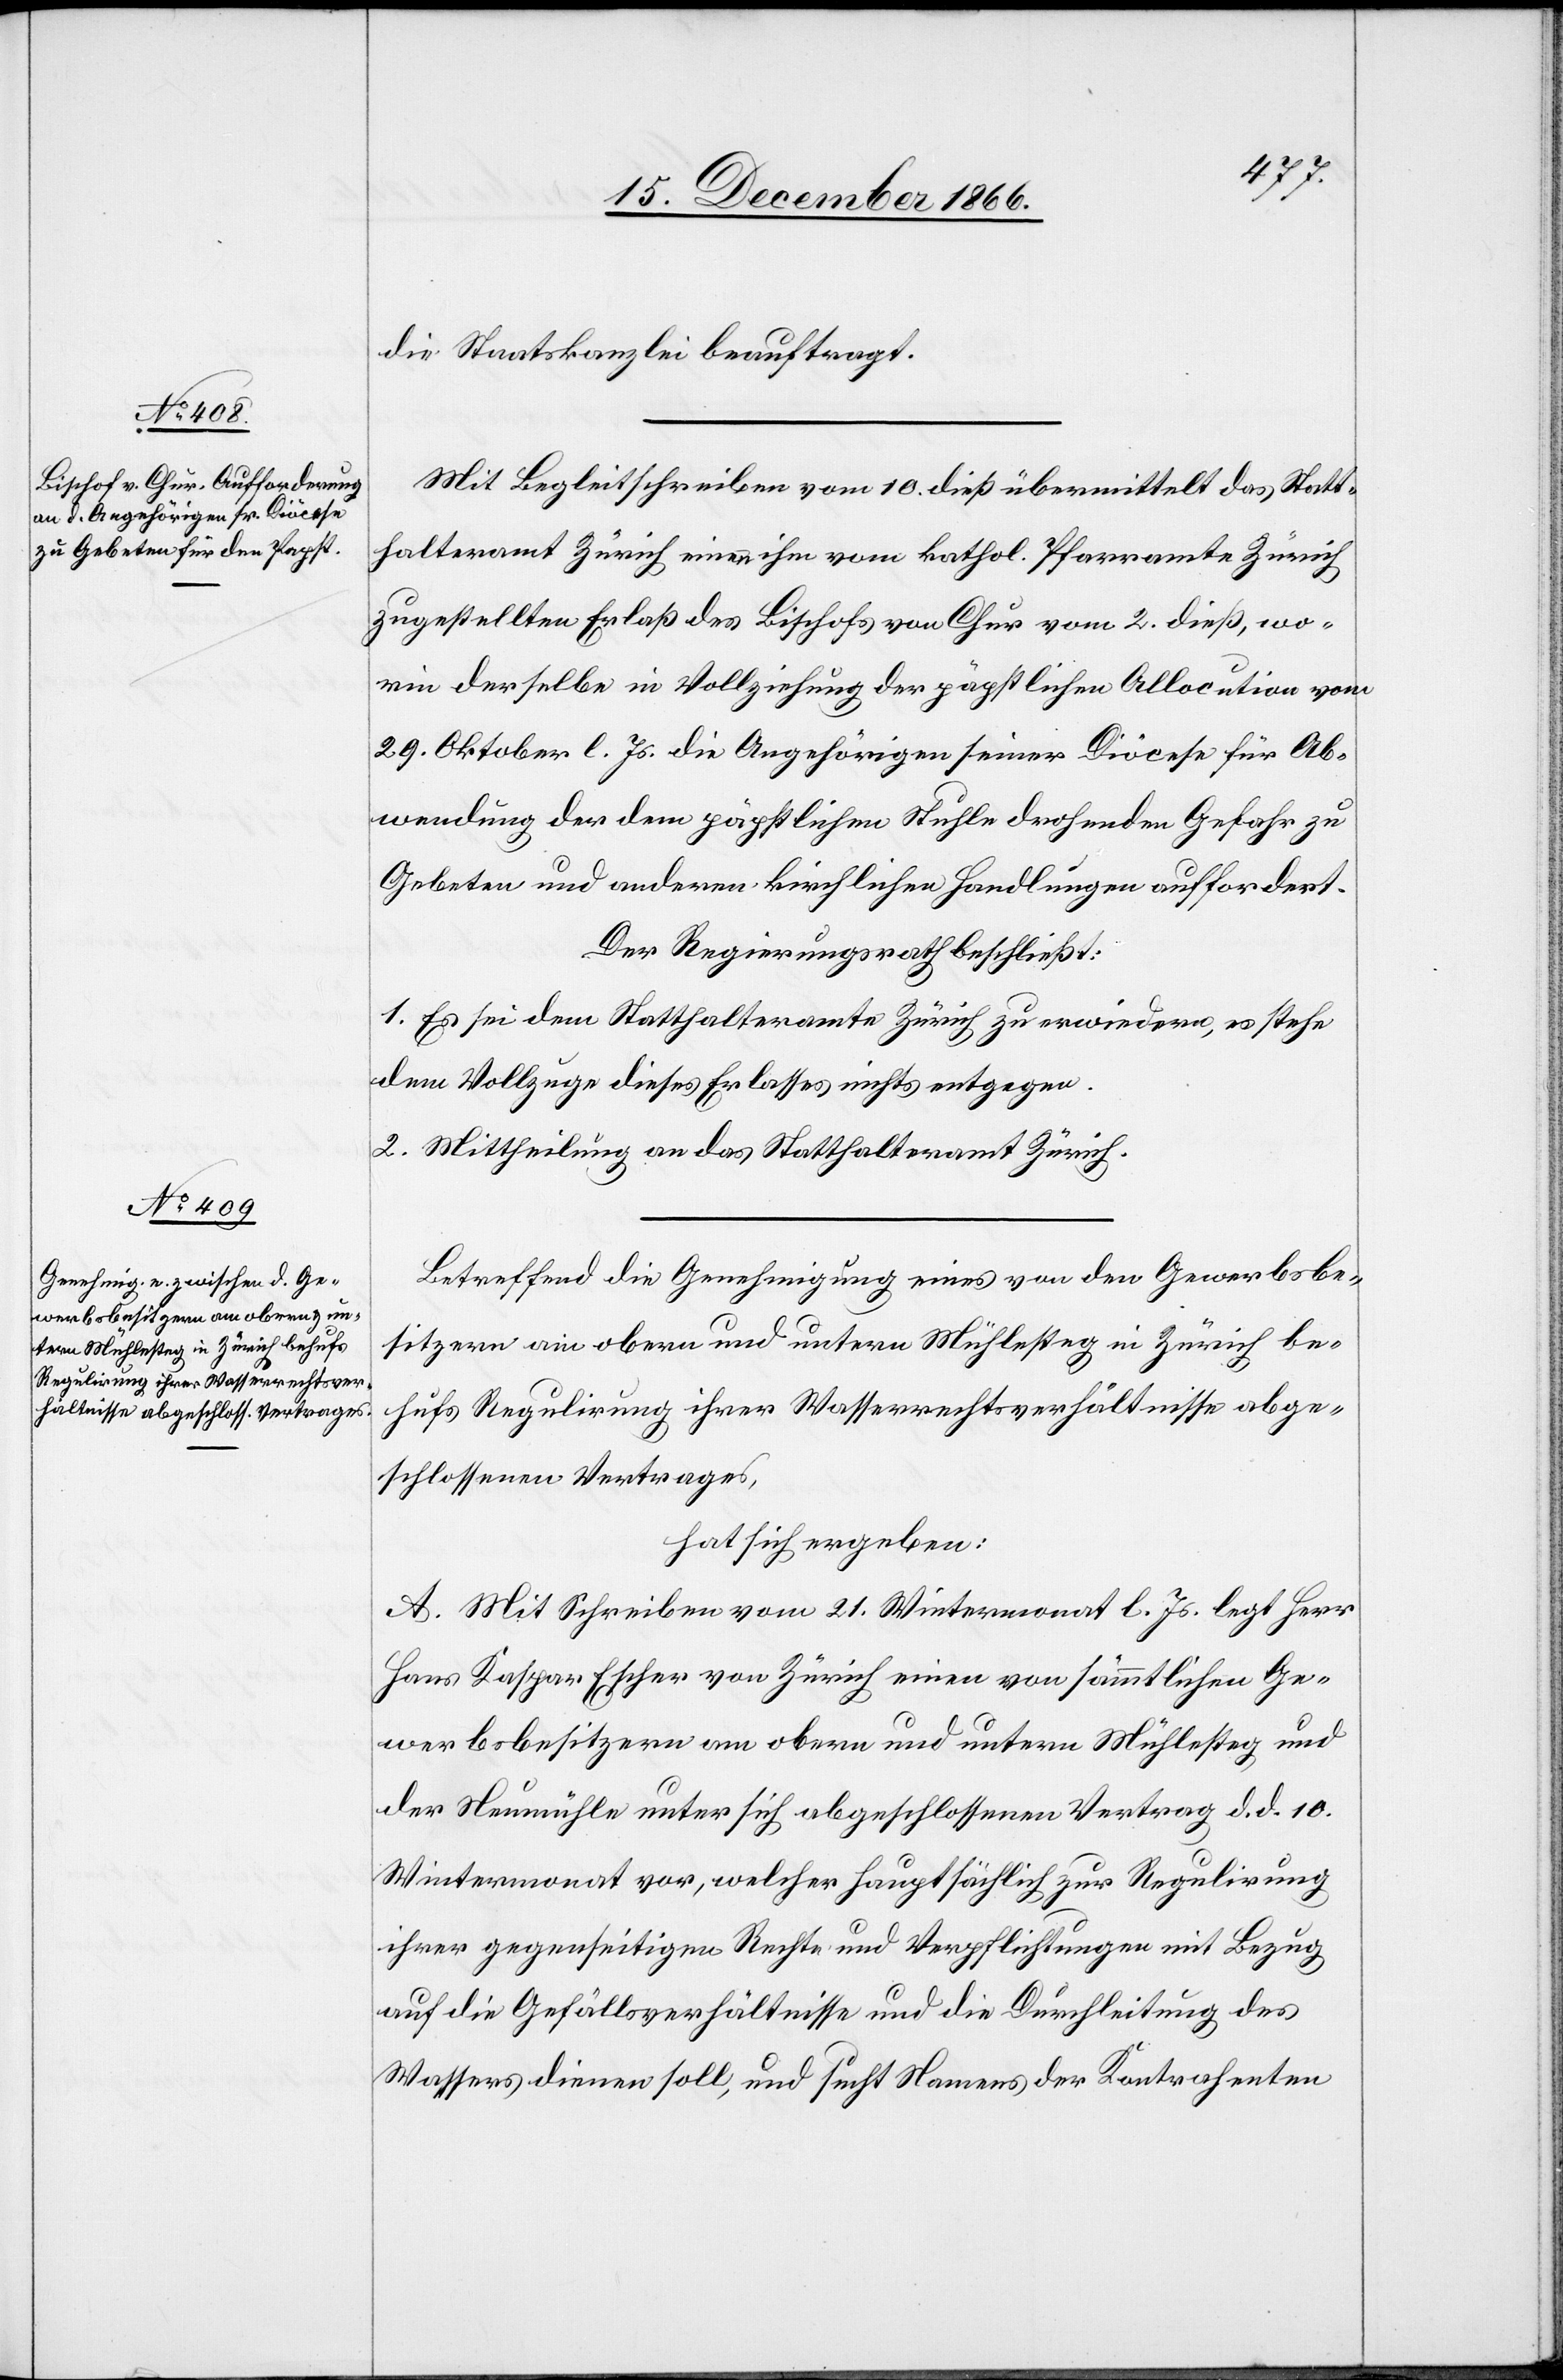
die Staatskanzlei beauftragt.
Mit Begleitschreiben vom 10. dieß übermittelt das Statt¬
halteramt Zürich einen ihm vom kathol. Pfarramte Zürich
zugestellten Erlaß des Bischofs von Chur vom 2. dieß, wo¬
rin derselbe in Vollziehung der päpstlichen Allocution vom
29. Oktober l. Js. die Angehörigen seiner Diöcese für Ab¬
wendung der dem päpstlichen Stuhle drohenden Gefahr zu
Gebeten und anderen kirchlichen Handlungen auffordert.
Der Regierungsrath beschließt:
1. Es sei dem Statthalteramte Zürich zu erwiedern, es stehe
dem Vollzuge dieses Erlasses nichts entgegen.
2. Mittheilung an das Statthalteramt Zürich.
Betreffend die Genehmigung eines von den Gewerbsbe¬
sitzern am obern und untern Mühlesteg in Zürich be¬
hufs Regulirung ihrer Wasserrechtsverhältnisse abge¬
schlossenen Vertrages,
hat sich ergeben:
A. Mit Schreiben vom 21. Wintermonat l. Js. legt Herr
Hans Kaspar Escher von Zürich einen von sämmtlichen Ge¬
werbsbesitzern am obern und untern Mühlesteg und
der Neumühle unter sich abgeschlossenen Vertrag d. d. 10.
Wintermonat vor, welcher hauptsächlich zur Regulirung
ihrer gegenseitigen Rechte und Verpflichtungen mit Bezug
auf die Gefällsverhältnisse und die Durchleitung des
Wassers dienen soll, und sucht Namens der Kontrahenten